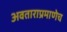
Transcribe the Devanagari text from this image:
अवताराप्रमाणेच